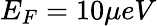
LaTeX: E_{F}=10\mu eV